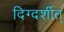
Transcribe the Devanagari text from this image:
दिग्दर्शीत्